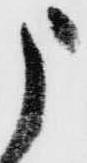
申